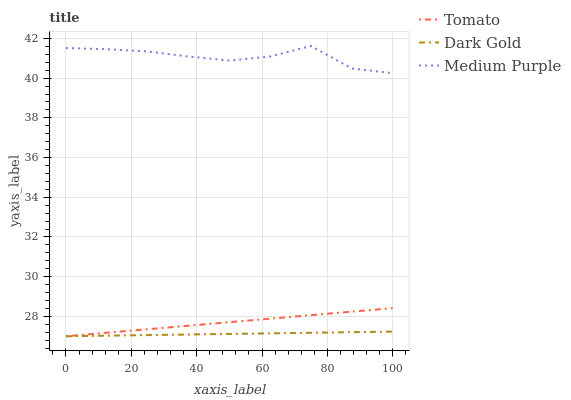
| xaxis_label | Tomato | Dark Gold | Medium Purple |
 | --- | --- | --- | --- |
 | 0 | 27 | 27 | 41.5 |
 | 12.5 | 27.2 | 27 | 41.5 |
 | 25 | 27.4 | 27.1 | 41.3 |
 | 37.5 | 27.5 | 27.1 | 41.1 |
 | 50 | 27.7 | 27.1 | 40.9 |
 | 62.5 | 27.9 | 27.1 | 41.1 |
 | 75 | 28.1 | 27.2 | 41.6 |
 | 87.5 | 28.2 | 27.2 | 40.5 |
 | 100 | 28.4 | 27.2 | 40.3 |